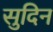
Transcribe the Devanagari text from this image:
सुदिन